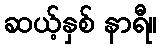
ဆယ့်နှစ် နာရီ။